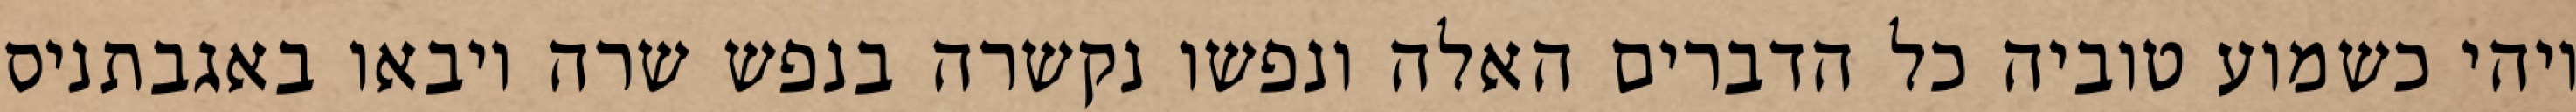
ויהי כשמוע טוביה כל הדברים האלה ונפשו נקשרה בנפש שרה ויבאו באגבתניס